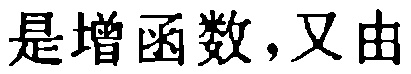
是增函数,又由